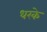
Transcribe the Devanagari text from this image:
धरके